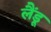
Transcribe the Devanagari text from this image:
लैंडू